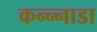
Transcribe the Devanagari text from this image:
कन्न्नाडा